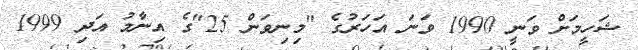
ޝަހީމަށް ވަނީ 1990 ވަނަ އަހަރުގެ "މިނިވަން 25"ގެ އިނާމު އަދި 1999